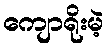
ကျောရိုးမဲ့